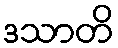
ဒသာတိ